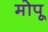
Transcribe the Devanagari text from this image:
मोपू